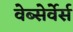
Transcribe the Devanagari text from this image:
वेब्सेर्वेर्स